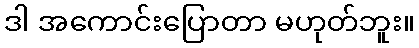
ဒါ အကောင်းပြောတာ မဟုတ်ဘူး။